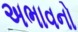
અભાવનો